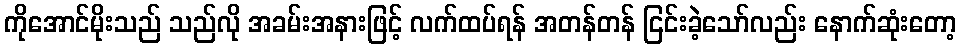
ကိုအောင်မိုးသည် သည်လို အခမ်းအနားဖြင့် လက်ထပ်ရန် အတန်တန် ငြင်းခဲ့သော်လည်း နောက်ဆုံးတော့